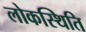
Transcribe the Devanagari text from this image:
लोकस्थिति